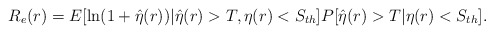
\begin{align*}R_e(r)=E[\ln(1+\hat{\eta}(r))|\hat{\eta}(r)>T,\eta(r)<S_{th}]P[\hat{\eta}(r)>T|\eta(r)<S_{th}].\end{align*}